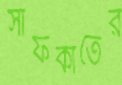
সাফকাতের